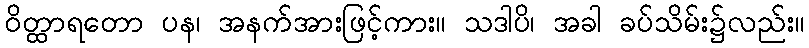
ဝိတ္ထာရတော ပန၊ အနက်အားဖြင့်ကား။ သဒါပိ၊ အခါ ခပ်သိမ်း၌လည်း။